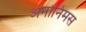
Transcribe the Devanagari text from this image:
अनोनिमस